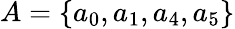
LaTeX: A=\{ a_{0},a_{1},a_{4},a_{5}\}